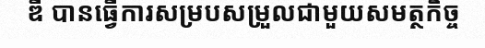
ឌី បានធ្វើការសម្របសម្រួលជាមួយសមត្ថកិច្ច